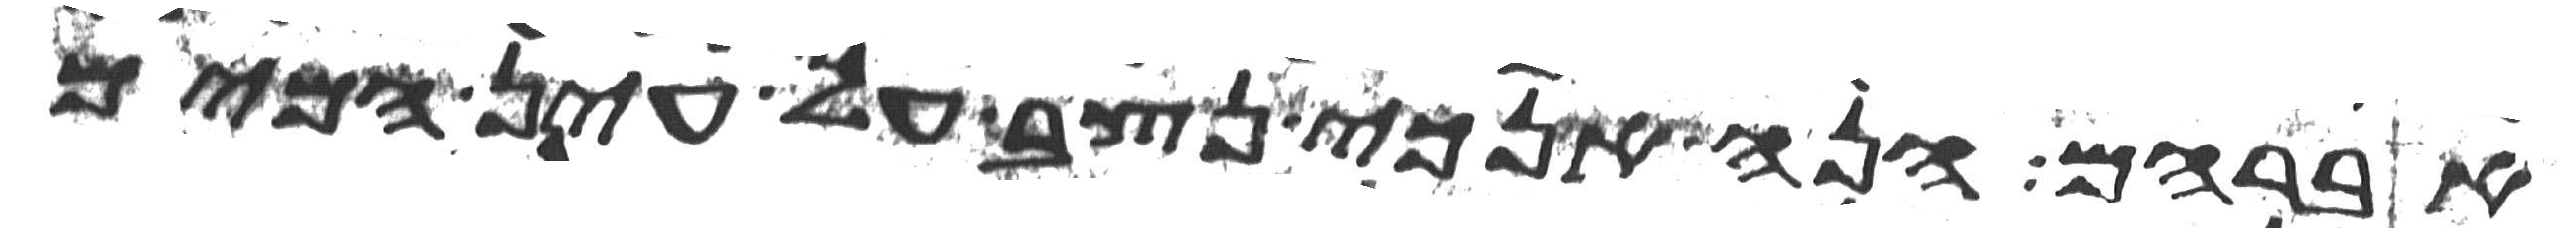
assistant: אברהם הנה אנכי נצב על עין המים